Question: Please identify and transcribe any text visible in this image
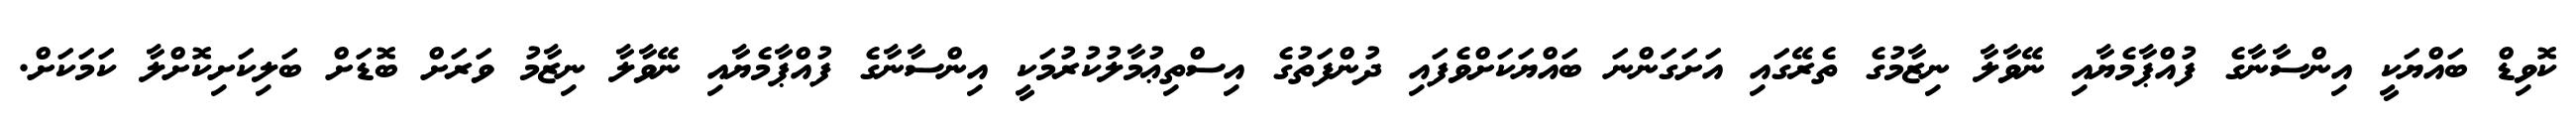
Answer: ކޮވިޑް ބައްޔަކީ އިންސާނާގެ ފުއްޕާމެޔާއި ނޭވާލާ ނިޒާމުގެ ތެރޭގައި އަށަގަންނަ ބައްޔަކަށްވެފައި ދުންފަތުގެ އިސްތިޢުމާލުކުރުމަކީ އިންސާނާގެ ފުއްޕާމެޔާއި ނޭވާލާ ނިޒާމު ވަރަށް ބޮޑަށް ބަލިކަށިކޮށްލާ ކަމަކަށް.